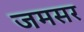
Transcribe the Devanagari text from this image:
जमसर